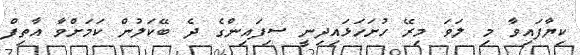
ކިޔާފައިވާ މި ލަވަ މިރޭ ހުށަހަޅައިދިނީ ސިފައިންގެ ދެ ބޭކަލުން ކަމަށްވާ އާތިފް